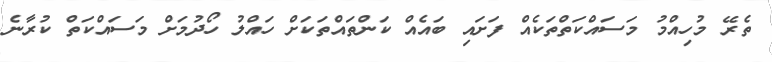
ތެރޭ މުހިއްމު މަސައްކަތްތަކެއް ފަށައި ބައެއް ކަންތައްތަކަށް ހައްލު ހޯދުމަށް މަަސައްކަތް ކުރާނެ